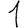
Digit: 1